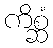
ကိစ္ဆံ